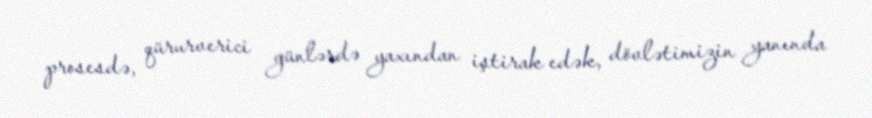
prosesdə, qürurverici günlərdə yaxından iştirak edək, dövlətimizin yanında